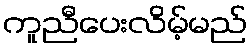
ကူညီပေးလိမ့်မည်